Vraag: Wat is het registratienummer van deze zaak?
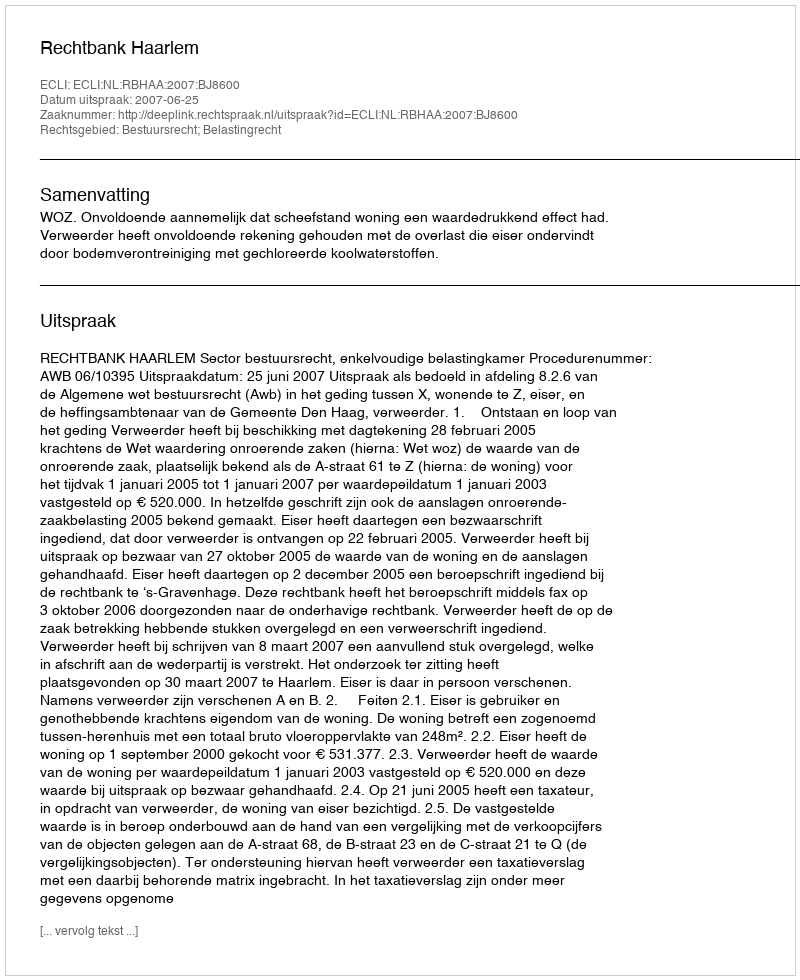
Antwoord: http://deeplink.rechtspraak.nl/uitspraak?id=ECLI:NL:RBHAA:2007:BJ8600